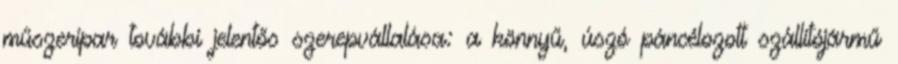
műszeripar további jelentős szerepvállalása: a könnyű, úszó páncélozott szállítójármű